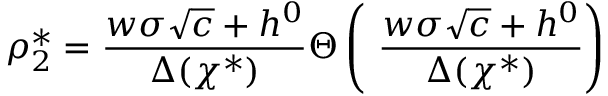
\rho _ { 2 } ^ { * } = \frac { w \sigma \sqrt { c } + h ^ { 0 } } { \Delta ( \chi ^ { * } ) } \Theta \left( \ \frac { w \sigma \sqrt { c } + h ^ { 0 } } { \Delta ( \chi ^ { * } ) } \right)